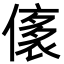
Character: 㒅